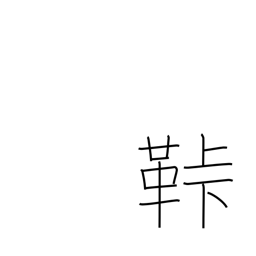
Meaning: fastener